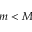
m < M